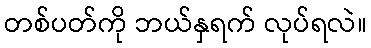
တစ်ပတ်ကို ဘယ်နှရက် လုပ်ရလဲ။